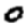
Digit: 0